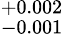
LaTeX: _{-0.001}^{+0.002}